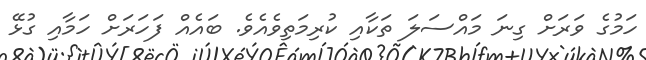
ހަމުގެ ވަރަށް ގިނަ މައްސަލަ ތަކާއި ކުރިމަތިވެއެވެ. ބައެއް ފަހަރަށް ހަމާއި ގުޅޭ